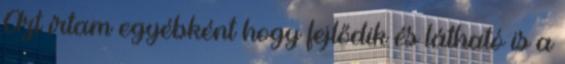
Azt írtam egyébként hogy fejlődik és látható is a